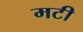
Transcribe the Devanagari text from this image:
मटी